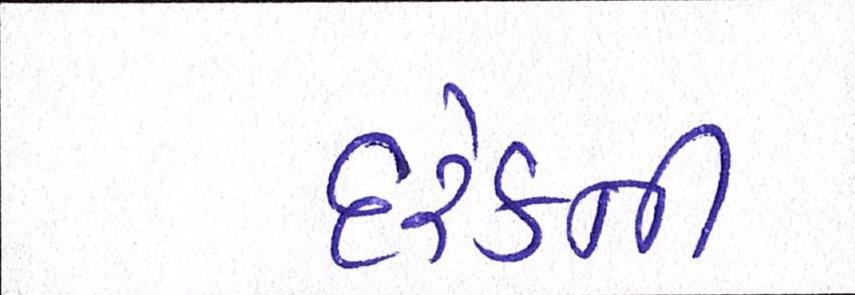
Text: દરેકની